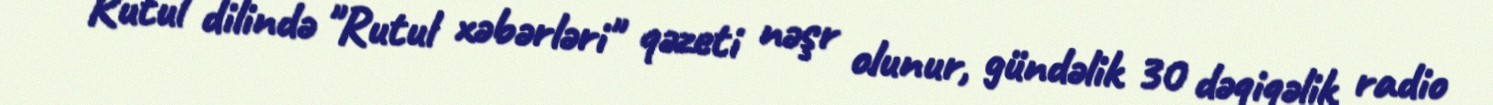
Rutul dilində "Rutul xəbərləri" qəzeti nəşr olunur, gündəlik 30 dəqiqəlik radio